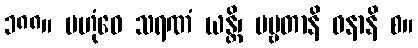
၁၈၈။ ဗဟုံဝေ သရဏံ ယန္တိ၊ ပဗ္ဗတာနိ ဝနာနိ စ။